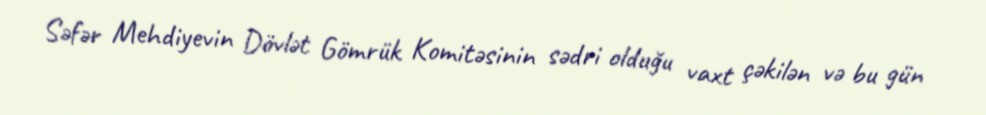
Səfər Mehdiyevin Dövlət Gömrük Komitəsinin sədri olduğu vaxt çəkilən və bu gün